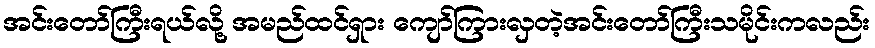
အင်းတော်ကြီးရယ်လို့ အမည်ထင်ရှား ကျော်ကြားလှတဲ့အင်းတော်ကြီးသမိုင်းကလည်း